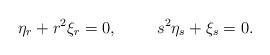
LaTeX: \begin{align*}\eta_r + r^2 \xi_r = 0, \hspace{1cm} s^2 \eta_s + \xi_s = 0.\end{align*}